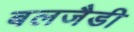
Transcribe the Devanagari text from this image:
बलजैडी